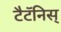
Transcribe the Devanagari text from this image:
टैटॅनिस्